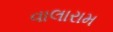
વાલારામ